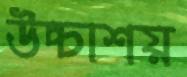
উচ্চাশয়